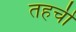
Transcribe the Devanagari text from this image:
तहची